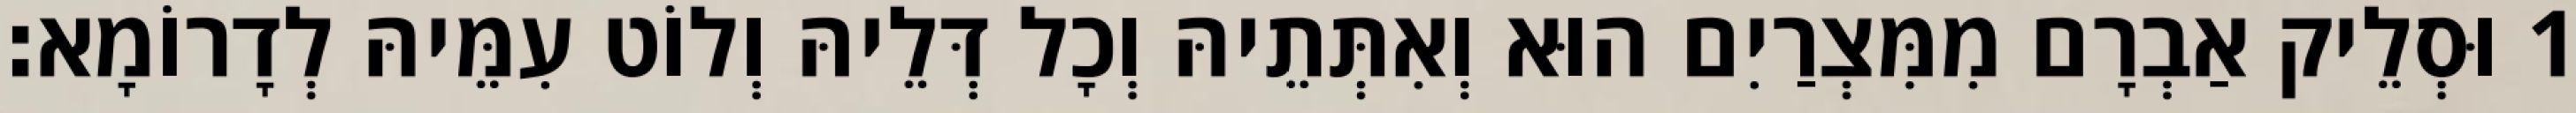
1 וּסְלֵיק אַבְרָם מִמִּצְרַיִם הוּא וְאִתְּתֵיהּ וְכָל דְּלֵיהּ וְלוֹט עִמֵּיהּ לְדָרוֹמָא׃